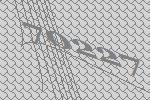
70227